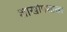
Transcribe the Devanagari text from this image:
शाखोपशाखा